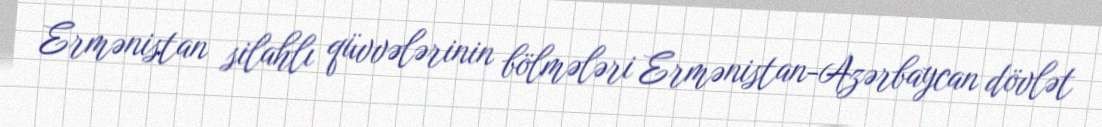
Ermənistan silahlı qüvvələrinin bölmələri Ermənistan-Azərbaycan dövlət